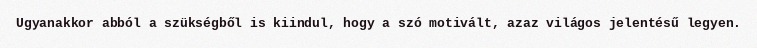
Ugyanakkor abból a szükségből is kiindul, hogy a szó motivált, azaz világos jelentésű legyen.